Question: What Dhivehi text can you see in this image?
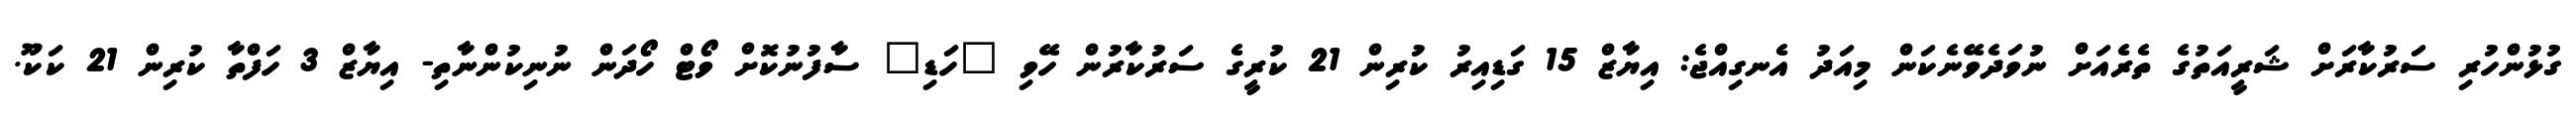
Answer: ގުޅުންހުރި ސަރުކާރަށް ޝަރީއަތުގެ ތެރެއަށް ނުވަދެވޭނެކަން މިއަދު އެނގިއްޖެ: އިޔާޒް 15 ގަޑިއިރު ކުރިން 21 ކުރީގެ ސަރުކާރުން ހޭވި "ހަޑި" ސާފުނުކޮށް ވޯޓް ހޯދަން ނުނިކުންނާތި- އިޔާޒް 3 ހަފްތާ ކުރިން 21 ކަކޫ.